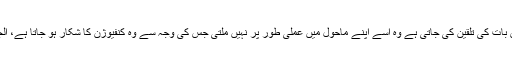
ہمارے ہاں اکثر یہ ہوتا ہے کہ بچے کو جس بات کی تلقین کی جاتی ہے وہ اسے اپنے ماحول میں عملی طور پر نہیں ملتی جس کی وجہ سے وہ کنفیوژن کا شکار ہو جاتا ہے، الجھن میں پڑ جاتا ہے اور پریشان ہو جاتا ہے۔